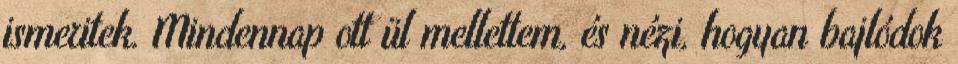
ismeritek. Mindennap ott ül mellettem, és nézi, hogyan bajlódok